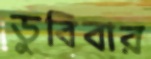
ডুবিবার